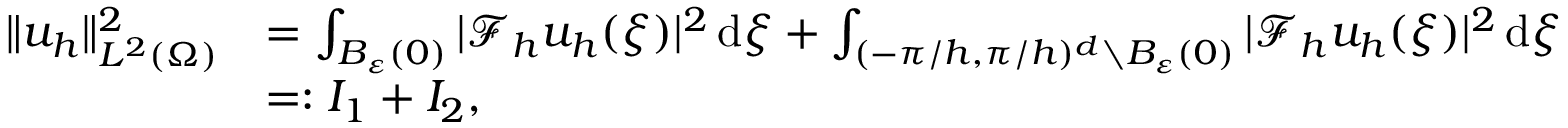
\begin{array} { r l } { \| u _ { h } \| _ { L ^ { 2 } ( \Omega ) } ^ { 2 } } & { = \int _ { B _ { \varepsilon } ( 0 ) } | \mathcal { F } _ { h } { u } _ { h } ( \xi ) | ^ { 2 } \, \mathrm { d } \xi + \int _ { ( - \pi / h , \pi / h ) ^ { d } \setminus B _ { \varepsilon } ( 0 ) } | \mathcal { F } _ { h } { u } _ { h } ( \xi ) | ^ { 2 } \, \mathrm { d } \xi } \\ & { = : I _ { 1 } + I _ { 2 } , } \end{array}